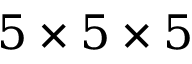
5 \times 5 \times 5